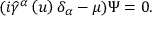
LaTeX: ( i \widehat { \gamma } ^ { \alpha } \left( u \right) \delta _ { \alpha } - \mu ) \Psi = 0 .